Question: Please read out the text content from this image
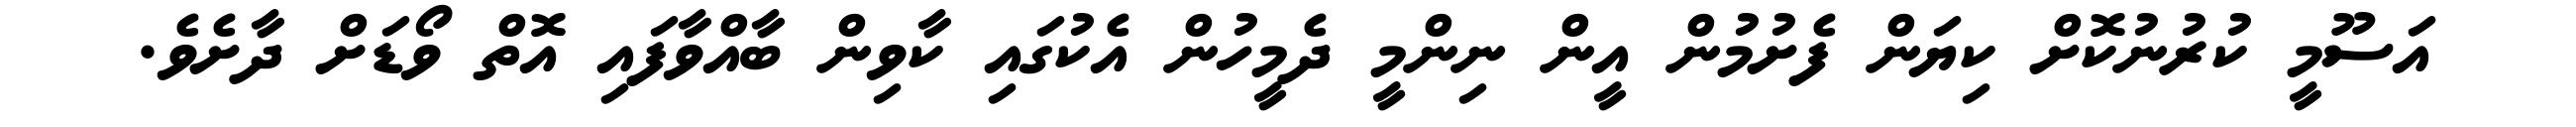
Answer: އަސޫމީ ކުރުނުކޮށް ކިޔަން ފެށުމުން އީން ނިންމީ ދެމީހުން އެކުގައި ކާވިން ބާއްވާފައި އޮތް ވޯޑަށް ދާށެވެ.